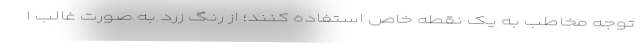
توجه مخاطب به یک نقطه خاص استفاده کنند؛ از رنگ زرد به صورت غالب ا